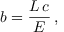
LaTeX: b = { \frac { L \, c } { E } } \, ,